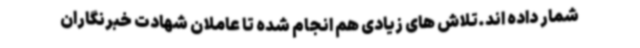
شمار داده اند.تلاش های زیادی هم انجام شده تا عاملان شهادت خبرنگاران